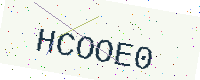
Text: HCOOE0